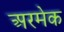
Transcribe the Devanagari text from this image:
अरमेक